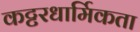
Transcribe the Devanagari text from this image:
कट्टरधार्मिकता